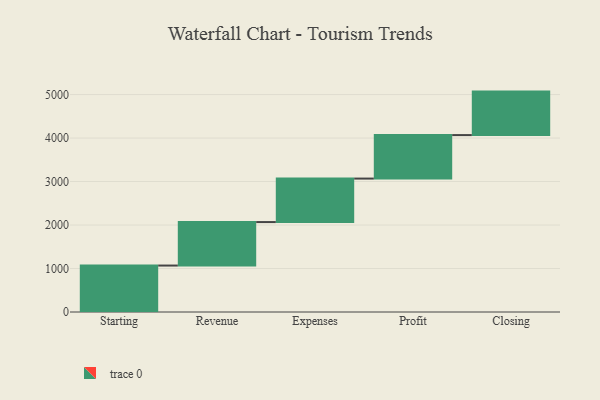
{"axis": {"x": "Step", "y": "Value"}, "legend": [""], "data": [{"x": "Starting", "y": 1068.0, "type": ""}, {"x": "Revenue", "y": 1000, "type": ""}, {"x": "Expenses", "y": 1000, "type": ""}, {"x": "Profit", "y": 1000, "type": ""}, {"x": "Closing", "y": 1000, "type": ""}]}